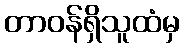
တာဝန်ရှိသူထံမှ